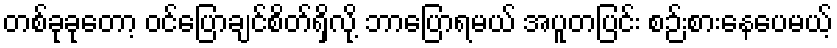
တစ်ခုခုတော့ ဝင်ပြောချင်စိတ်ရှိလို့ ဘာပြောရမယ် အပူတပြင်း စဉ်းစားနေပေမယ့်